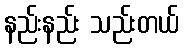
နည်းနည်း သည်းတယ်